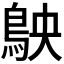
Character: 𬷅